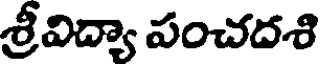
శ్రీవిద్యా పంచదశి